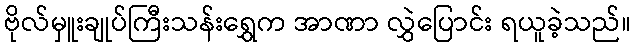
ဗိုလ်မှူးချုပ်ကြီးသန်းရွှေက အာဏာ လွှဲပြောင်း ရယူခဲ့သည်။